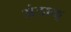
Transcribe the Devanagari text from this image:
अंडाळ्